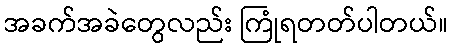
အခက်အခဲတွေလည်း ကြုံရတတ်ပါတယ်။